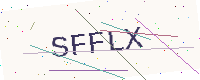
Text: SFFLX